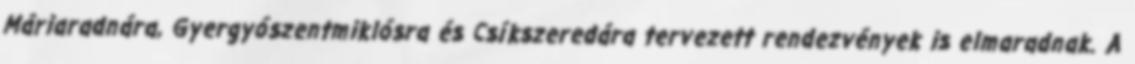
Máriaradnára, Gyergyószentmiklósra és Csíkszeredára tervezett rendezvények is elmaradnak. A